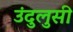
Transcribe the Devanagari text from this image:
उंदुलुसी